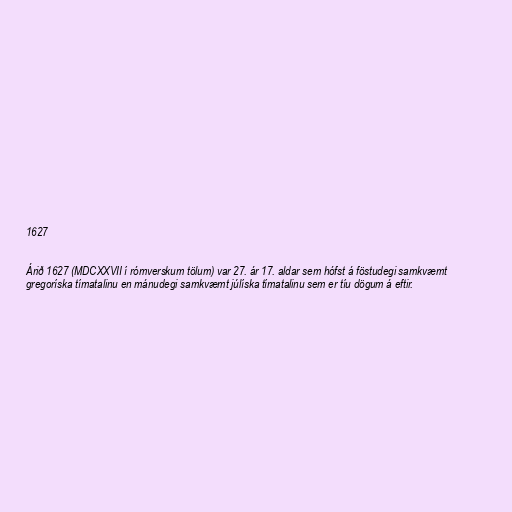
1627

Árið 1627 (MDCXXVII í rómverskum tölum) var 27. ár 17. aldar sem hófst á föstudegi samkvæmt
gregoríska tímatalinu en mánudegi samkvæmt júlíska tímatalinu sem er tíu dögum á eftir.